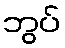
ဘွပ်